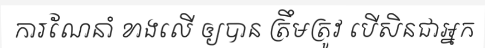
ការណែនាំ ខាងលើ ឲ្យបាន ត្រឹមត្រូវ បើសិនជាអ្នក